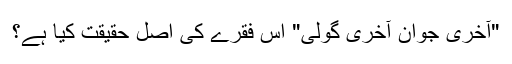
"آخری جوان آخری گولی" اس فقرے کی اصل حقیقت کیا ہے؟